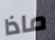
ماذا